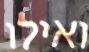
ואילו